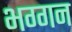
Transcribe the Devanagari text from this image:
भग्गन